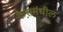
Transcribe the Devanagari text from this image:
केसमधील